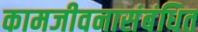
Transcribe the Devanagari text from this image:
कामजीवनासंबंधित